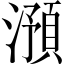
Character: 澦